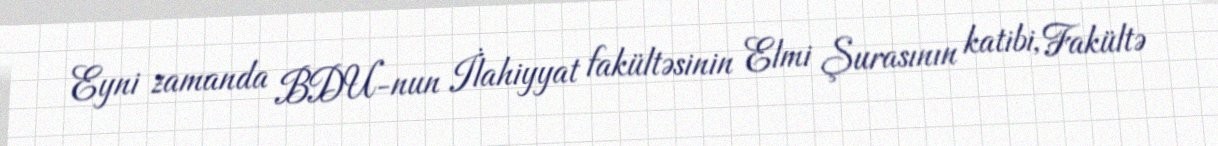
Eyni zamanda BDU-nun İlahiyyat fakültəsinin Elmi Şurasının katibi, Fakültə